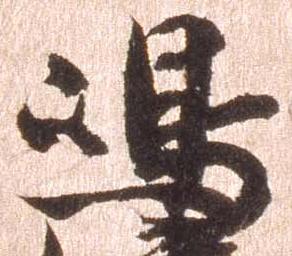
島